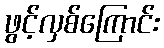
ဖွင့်လှစ်ကြောင်း